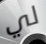
لي